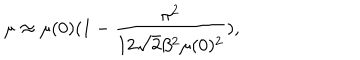
LaTeX: \mu \approx \mu ( 0 ) ( 1 - \frac { \pi ^ { 2 } } { 1 2 \sqrt { 2 } \beta ^ { 2 } \mu ( 0 ) ^ { 2 } } ) ,